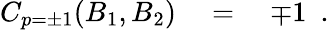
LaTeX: C_{p=\pm 1}(B_{1},B_{2})\quad=\quad\mp 1\ \ .